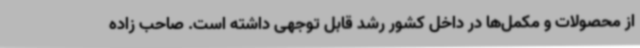
از محصولات و مکمل‌ها در داخل کشور رشد قابل توجهی داشته است. صاحب زاده